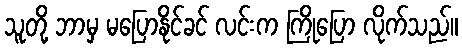
သူတို့ ဘာမှ မပြောနိုင်ခင် လင်းက ကြိုပြော လိုက်သည်။